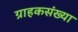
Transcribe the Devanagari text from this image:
ग्राहकसंख्या